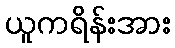
ယူကရိန်းအား